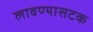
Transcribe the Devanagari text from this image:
लावण्यासटक